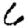
Digit: 6